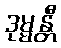
ဒုမ္မန္တီ